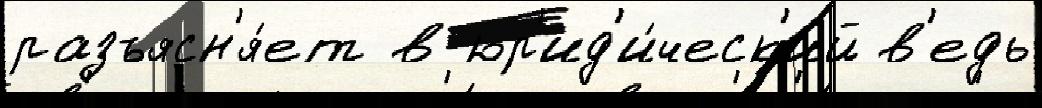
разъясн'я́ет в юр'ид'и́ческ'ий в'едь